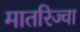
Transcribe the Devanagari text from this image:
मातरिज्वा